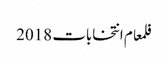
فلمعام انتخابات 2018